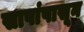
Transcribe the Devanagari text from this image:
सापांपासून